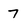
Character: 7